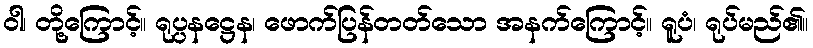
ဝါ၊ တို့ကြောင့်။ ရုပ္ပနဋ္ဌေန၊ ဖောက်ပြန်တတ်သော အနက်ကြောင့်။ ရူပံ၊ ရုပ်မည်၏။